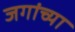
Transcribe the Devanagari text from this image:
जगांच्या